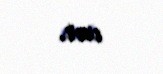
var.